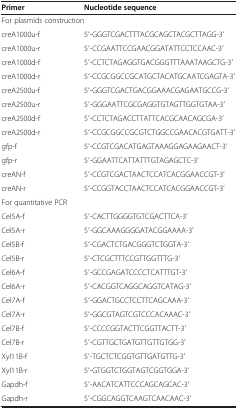
<table><thead><tr><td><b>Primer</b></td><td><b>Nucleotide sequence</b></td></tr></thead><tbody><tr><td colspan="2">For plasmids construction</td></tr><tr><td>creA1000u-f</td><td>5′-GGGTCGACTTTACGCAGCTACGCTTAGG-3′</td></tr><tr><td>creA1000u-r</td><td>5′-CCGAATTCCGAACGGATATTCCTCCAAC-3′</td></tr><tr><td>creA1000d-f</td><td>5′-CCTCTAGAGGTGACGGGTTTAAATAAGCTG-3′</td></tr><tr><td>creA1000d-r</td><td>5′-CCGCGGCCGCATGCTACATGCAATCGAGTA-3′</td></tr><tr><td>creA2500u-f</td><td>5′-GGGTCGACTGACGGAAACGAGAATGCCG-3′</td></tr><tr><td>creA2500u-r</td><td>5′-GGGAATTCGCGAGGTGTAGTTGGTGTAA-3′</td></tr><tr><td>creA2500d-f</td><td>5′-CCTCTAGACCTTATTCACGCAACAGCGA-3′</td></tr><tr><td>creA2500d-r</td><td>5′-CCGCGGCCGCGTCTGGCCGAACACGTGATT-3′</td></tr><tr><td>gfp-f</td><td>5′-CCGTCGACATGAGTAAAGGAGAAGAACT-3′</td></tr><tr><td>gfp-r</td><td>5′-GGAATTCATTATTTGTAGAGCTC-3′</td></tr><tr><td>creAN-f</td><td>5′-CCGTCGACTAACTCCATCACGGAACCGT-3′</td></tr><tr><td>creAN-r</td><td>5′-CCGGTACCTAACTCCATCACGGAACCGT-3′</td></tr><tr><td colspan="2">For quantitative PCR</td></tr><tr><td>Cel5A-f</td><td>5′-CACTTGGGGTGTCGACTTCA-3′</td></tr><tr><td>Cel5A-r</td><td>5′-GGCAAAGGGGATACGGAAAA-3′</td></tr><tr><td>Cel5B-f</td><td>5′-CGACTCTGACGGGTCTGGTA-3′</td></tr><tr><td>Cel5B-r</td><td>5′-CTCGCTTTCCGTTGGTTTG-3′</td></tr><tr><td>Cel6A-f</td><td>5′-GCCGAGATCCCCTCATTTGT-3′</td></tr><tr><td>Cel6A-r</td><td>5′-CACGGTCAGGCAGGTCATAG-3′</td></tr><tr><td>Cel7A-f</td><td>5′-GGACTGCCTCCTTCAGCAAA-3′</td></tr><tr><td>Cel7A-r</td><td>5′-GGCGTAGTCGTCCCACAAAC-3′</td></tr><tr><td>Cel7B-f</td><td>5′-CCCCGGTACTTCGGTTACTT-3′</td></tr><tr><td>Cel7B-r</td><td>5′-CGTTGCTGATGTTGTTGTGG-3′</td></tr><tr><td>Xyl11B-f</td><td>5′-TGCTCTCGGTGTTGATGTTG-3′</td></tr><tr><td>Xyl11B-r</td><td>5′-GTGGTCTGGTAGTCGGTGGA-3′</td></tr><tr><td>Gapdh-f</td><td>5′-AACATCATTCCCAGCAGCAC-3′</td></tr><tr><td>Gapdh-r</td><td>5′-CGGCAGGTCAAGTCAACAAC-3′</td></tr></tbody></table>